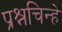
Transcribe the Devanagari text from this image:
प्रश्नचिन्हे